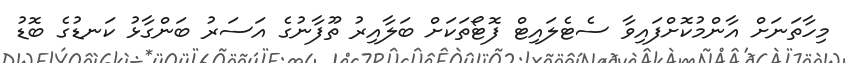
މިހާތަނަށް އާންމުކޮށްފައިވާ ސެޓެލައިޓް ފޮޓޯތަކަށް ބަލާއިރު ތޫފާނުގެ އަސަރު ބަންގާޅު ކަނޑުގެ ބޮޑު